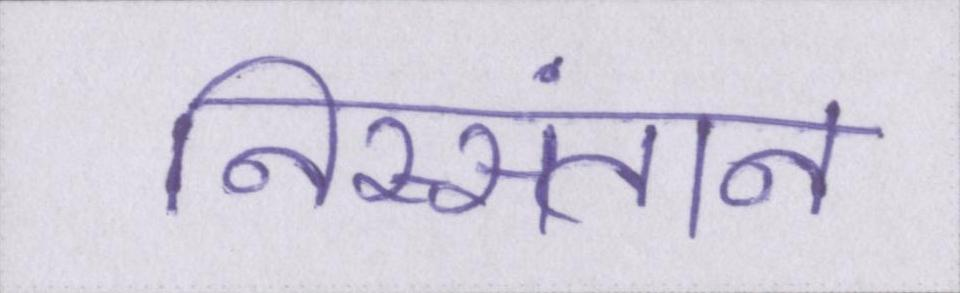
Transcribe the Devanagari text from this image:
निस्संतान